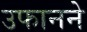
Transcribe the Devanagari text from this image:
उफानने